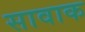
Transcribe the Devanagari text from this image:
सावाक